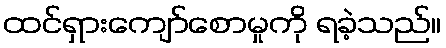
ထင်ရှားကျော်စောမှုကို ရခဲ့သည်။